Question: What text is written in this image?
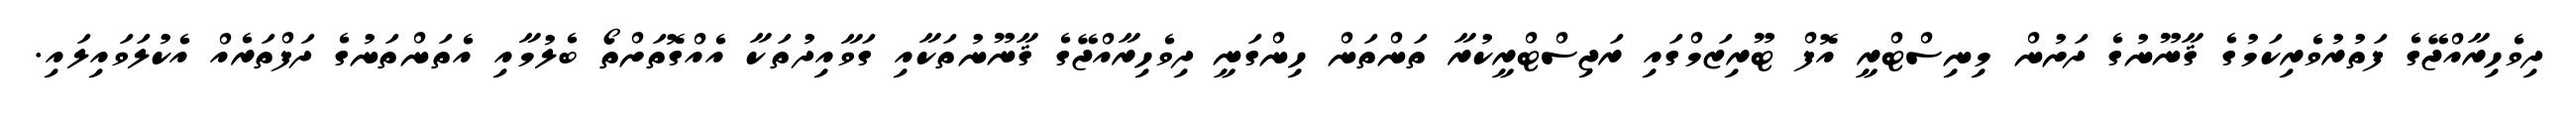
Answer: ދިވެހިރާއްޖޭގެ ފަތުރުވެރިކަމުގެ ޤާނޫނުގެ ދަށުން މިނިސްޓްރީ އޮފް ޓޫރިޒަމްގައި ރަޖިސްޓްރީކުރާ ތަންތަން ހިންގަނީ ދިވެހިރާއްޖޭގެ ޤާނޫނުތަކާއި ގަވާއިދުތަކާ އެއްގޮތަށްތޯ ބެލުމާއި އެތަންތަނުގެ ދަފްތަރެއް އެކުލަވައިލައި.